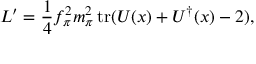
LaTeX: { \cal L } ^ { \prime } = \frac { 1 } { 4 } f _ { \pi } ^ { 2 } m _ { \pi } ^ { 2 } \, \mathrm { t r } ( U ( x ) + U ^ { \dagger } ( x ) - 2 ) ,